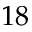
1 8